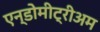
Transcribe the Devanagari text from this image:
एन्डोमीट्रीअम